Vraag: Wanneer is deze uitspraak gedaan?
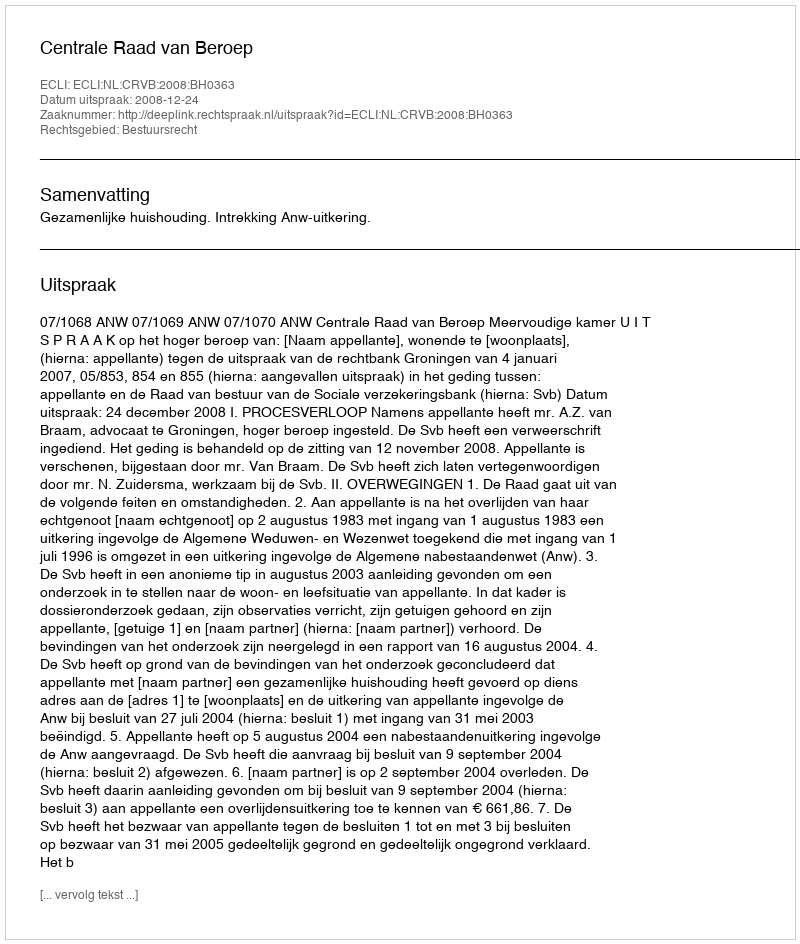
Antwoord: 2008-12-24